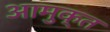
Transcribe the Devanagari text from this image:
आमुक्त